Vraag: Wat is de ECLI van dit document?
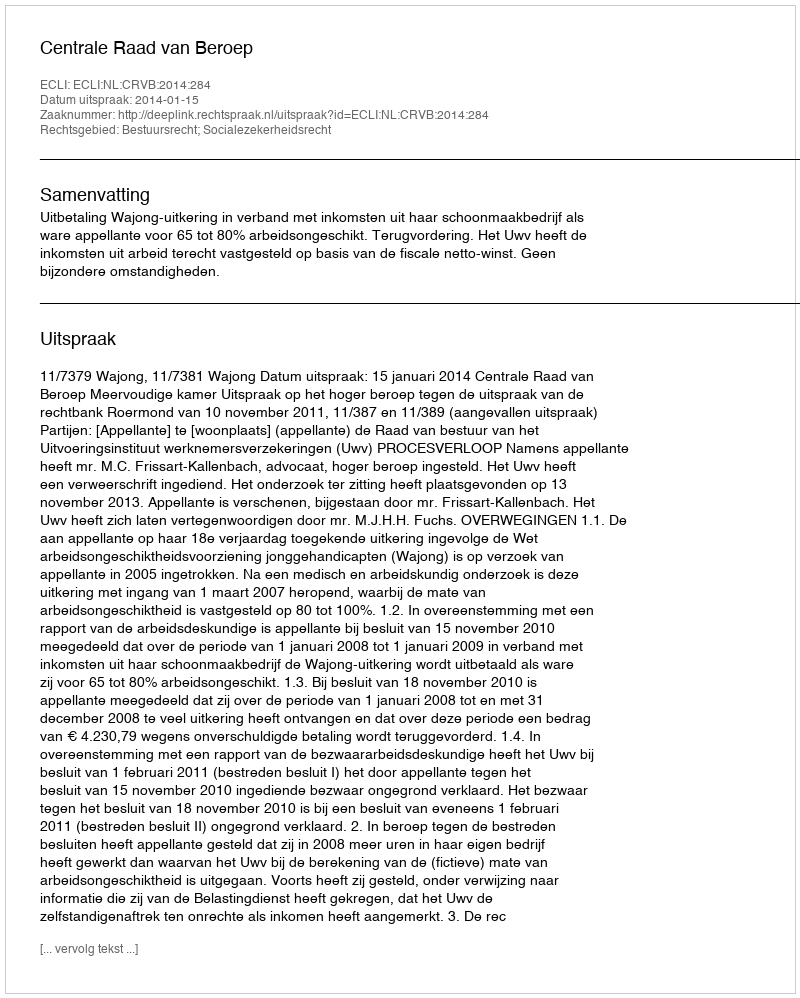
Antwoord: ECLI:NL:CRVB:2014:284